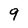
Character: 9